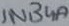
Text: 1N34A